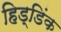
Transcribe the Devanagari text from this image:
हिड्डिंक